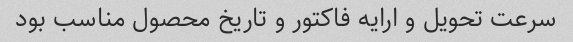
سرعت تحویل و ارایه فاکتور و تاریخ محصول مناسب بود